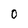
Character: 0